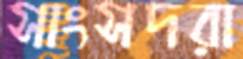
সাংসদরা